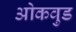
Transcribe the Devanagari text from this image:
ओकवुड